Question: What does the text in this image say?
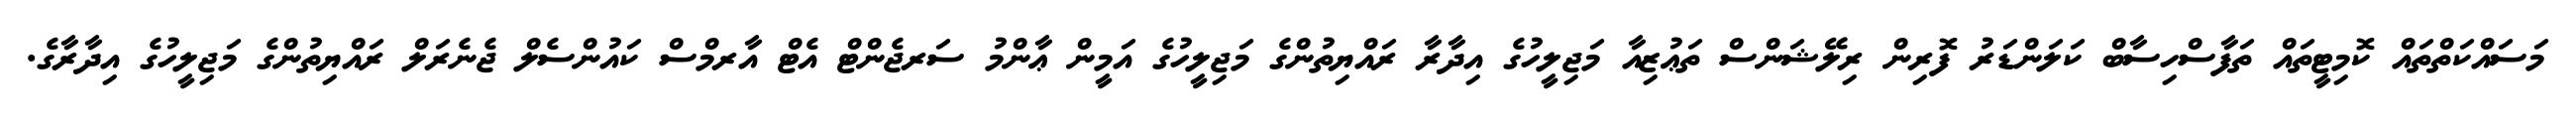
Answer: މަސައްކަތްތައް ކޮމިޓީތައް ތަފާސްހިސާބް ކަލަންޑަރު ފޮރިން ރިލޭޝަންސް ތަޢުޒިއާ މަޖިލީހުގެ އިދާރާ ރައްޔިތުންގެ މަޖިލީހުގެ އަމީން ޢާންމު ސަރޖެންޓް އެޓް އާރމްސް ކައުންސެލް ޖެނެރަލް ރައްޔިތުންގެ މަޖިލީހުގެ އިދާރާގެ.